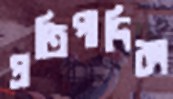
প্রতিপাদিকা